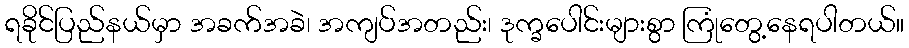
ရခိုင်ပြည်နယ်မှာ အခက်အခဲ၊ အကျပ်အတည်း၊ ဒုက္ခပေါင်းများစွာ ကြုံတွေ့နေရပါတယ်။